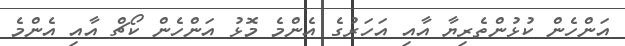
އަންހެން ކުޅުންތެރިޔާ އާއި އަހަރުގެ އެންމެ މޮޅު އަންހެން ކޯޗް އާއި އެންމެ